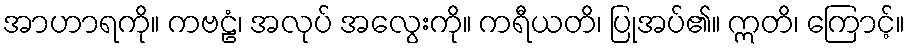
အာဟာရကို။ ကဗဠံ၊ အလုပ် အလွေးကို။ ကရီယတိ၊ ပြုအပ်၏။ ဣတိ၊ ကြောင့်။